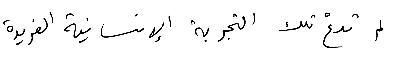
لم تدعْ تلك التجربة الإنسانية الفريدة